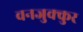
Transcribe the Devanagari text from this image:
वनजुक्कुर